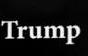
trump